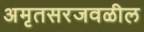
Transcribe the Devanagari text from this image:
अमृतसरजवळील